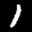
Label: 1